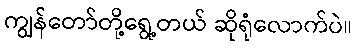
ကျွန်တော်တို့ရွေ့တယ် ဆိုရုံလောက်ပဲ။